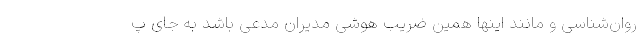
روان‌شناسی و مانند اینها همین ضریب هوشی مدیران مدعی باشد به جای پ